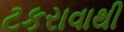
ટકરાવાથી